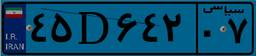
۳۸D۹۳۰۱۵